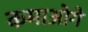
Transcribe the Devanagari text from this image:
कमाओगे